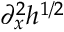
\partial _ { x } ^ { 2 } h ^ { 1 / 2 }